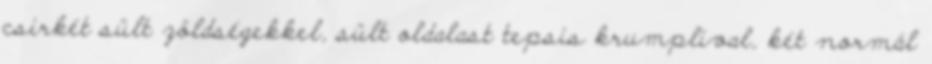
csirkét sült zöldségekkel, sült oldalast tepsis krumplival, két normál